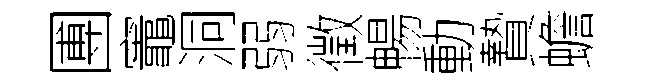
圑竈洞弱徵暢動贄蟾